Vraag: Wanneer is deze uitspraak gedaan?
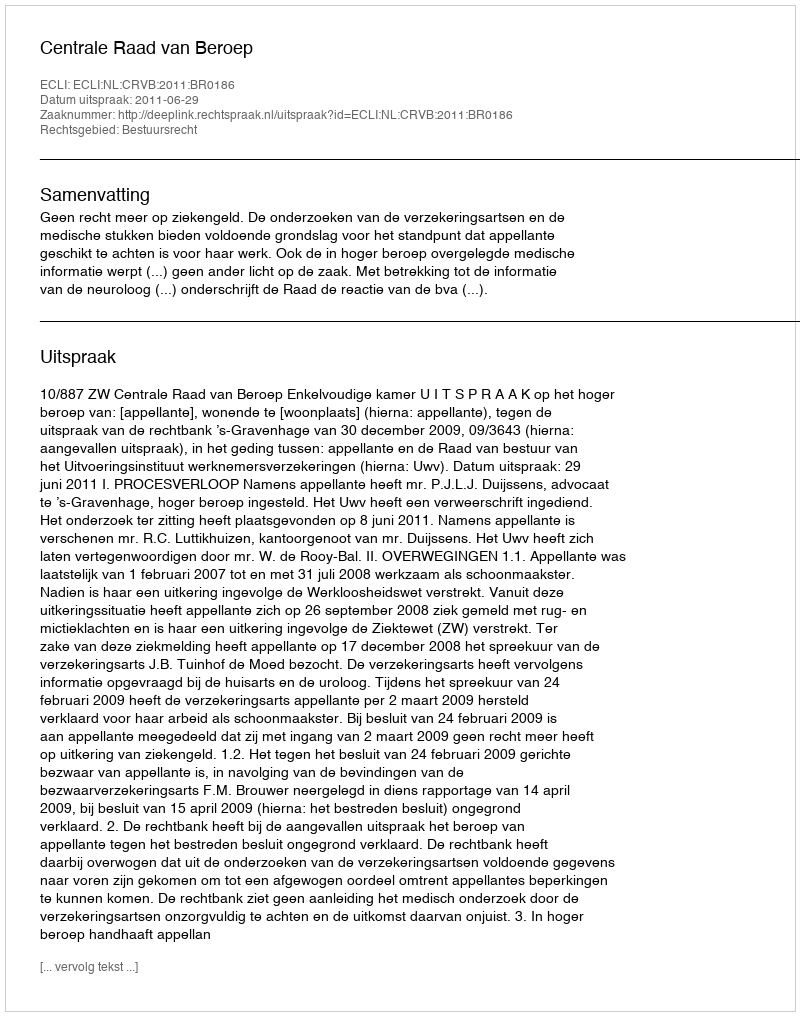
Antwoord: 2011-06-29